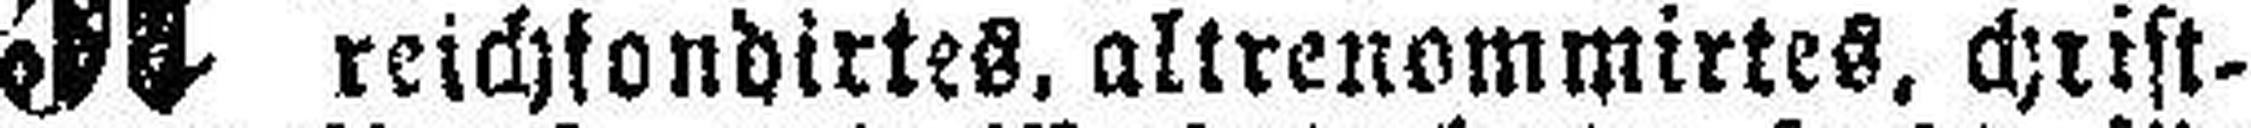
reichfondirtes, altrenommirtes, christ¬